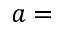
a =